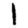
Digit: 1